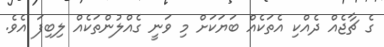
ގެ ޗާޖެއް ދެއްކި އެތަކެއް ބަޔަކަށް މި ވަނީ ގެއްލުންތަކެއް ލިބިފަ އެވެ.